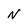
Character: N